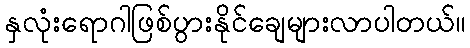
နှလုံးရောဂါဖြစ်ပွားနိုင်ချေများလာပါတယ်။